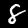
Digit: 8